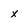
Character: x